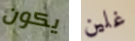
يكون غلين